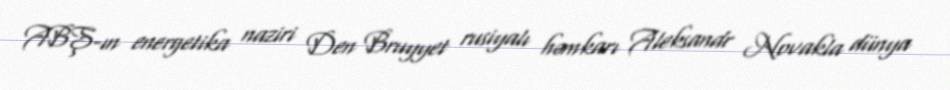
ABŞ-ın energetika naziri Den Bruyyet rusiyalı həmkarı Aleksandr Novakla dünya